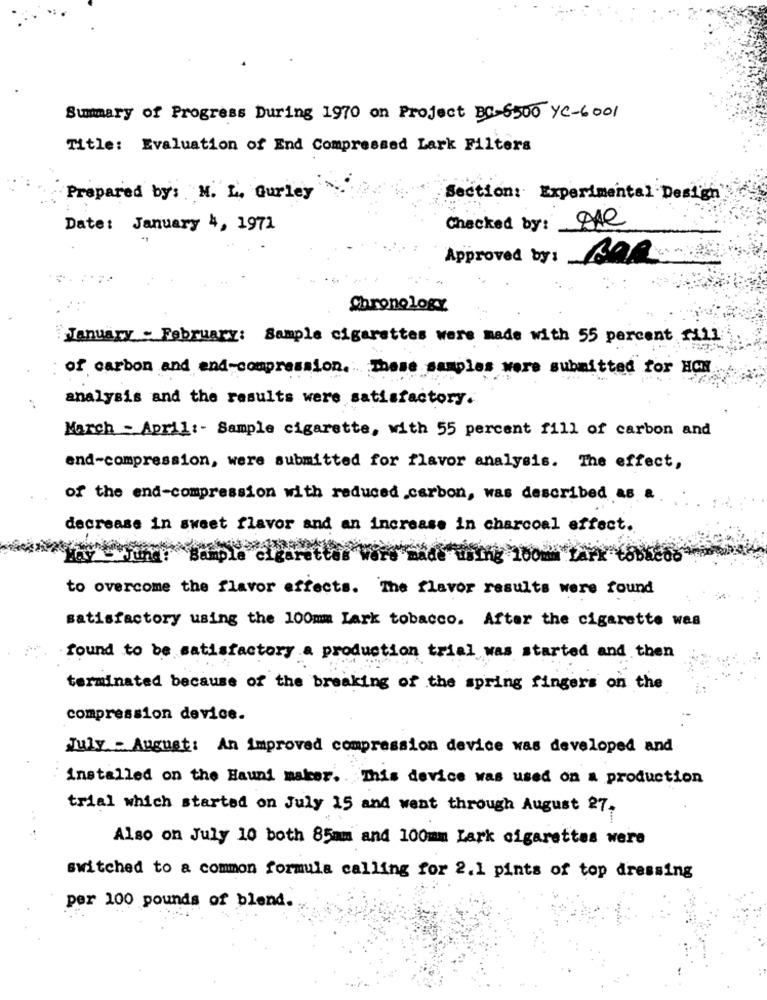
Summary of Progress During 1970 on Project BC-6500 YC-6001
Title: Evaluation of End Compressed Lark Filters
Prepared by: N. L. Gurley
Section: Experimental Design"
Checked by: Me
Date: January 4, 1971
Approved by:
Chronology
January - February: Sample cigarettes were made with 55 percent fill
of carbon and end-compression. These samples were submitted for HOW
analysis and the results were satisfactory.
March - April :- Sample cigarette, with 55 percent fill of carbon and
end-compression, were submitted for flavor analysis. The effect,
of the end-compression with reduced .carbon, was described as a
decrease in sweet flavor and an increase in charcoal effect.
Bamb
100 ZAPY 6866806
to overcome the flavor effects. The flavor results were found
satisfactory using the 100mm Lark tobacco. After the cigarette was
found to be satisfactory a production trial was started and then
terminated because of the breaking of the spring fingers on the
compression device.
July - August: An Improved compression device was developed and
...
installed on the Hauni maker .. This device was used on a production
trial which started on July 15 and went through August 27.
. .
Also on July 10 both 85mm and 100mm Lark cigarettes were
switched to a common formula calling for 2.1 pints of top dressing
per 100 pounds of blend.